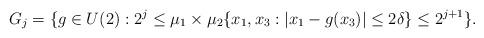
LaTeX: \begin{align*}G_j=\{g\in U(2): 2^j\leq \mu_1\times\mu_2\{x_1,x_3: |x_1-g(x_3)|\leq 2\delta\}\leq 2^{j+1} \}.\end{align*}